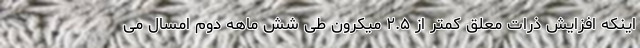
اینکه افزایش ذرات معلق کمتر از ۲.۵ میکرون طی شش ماهه دوم امسال می